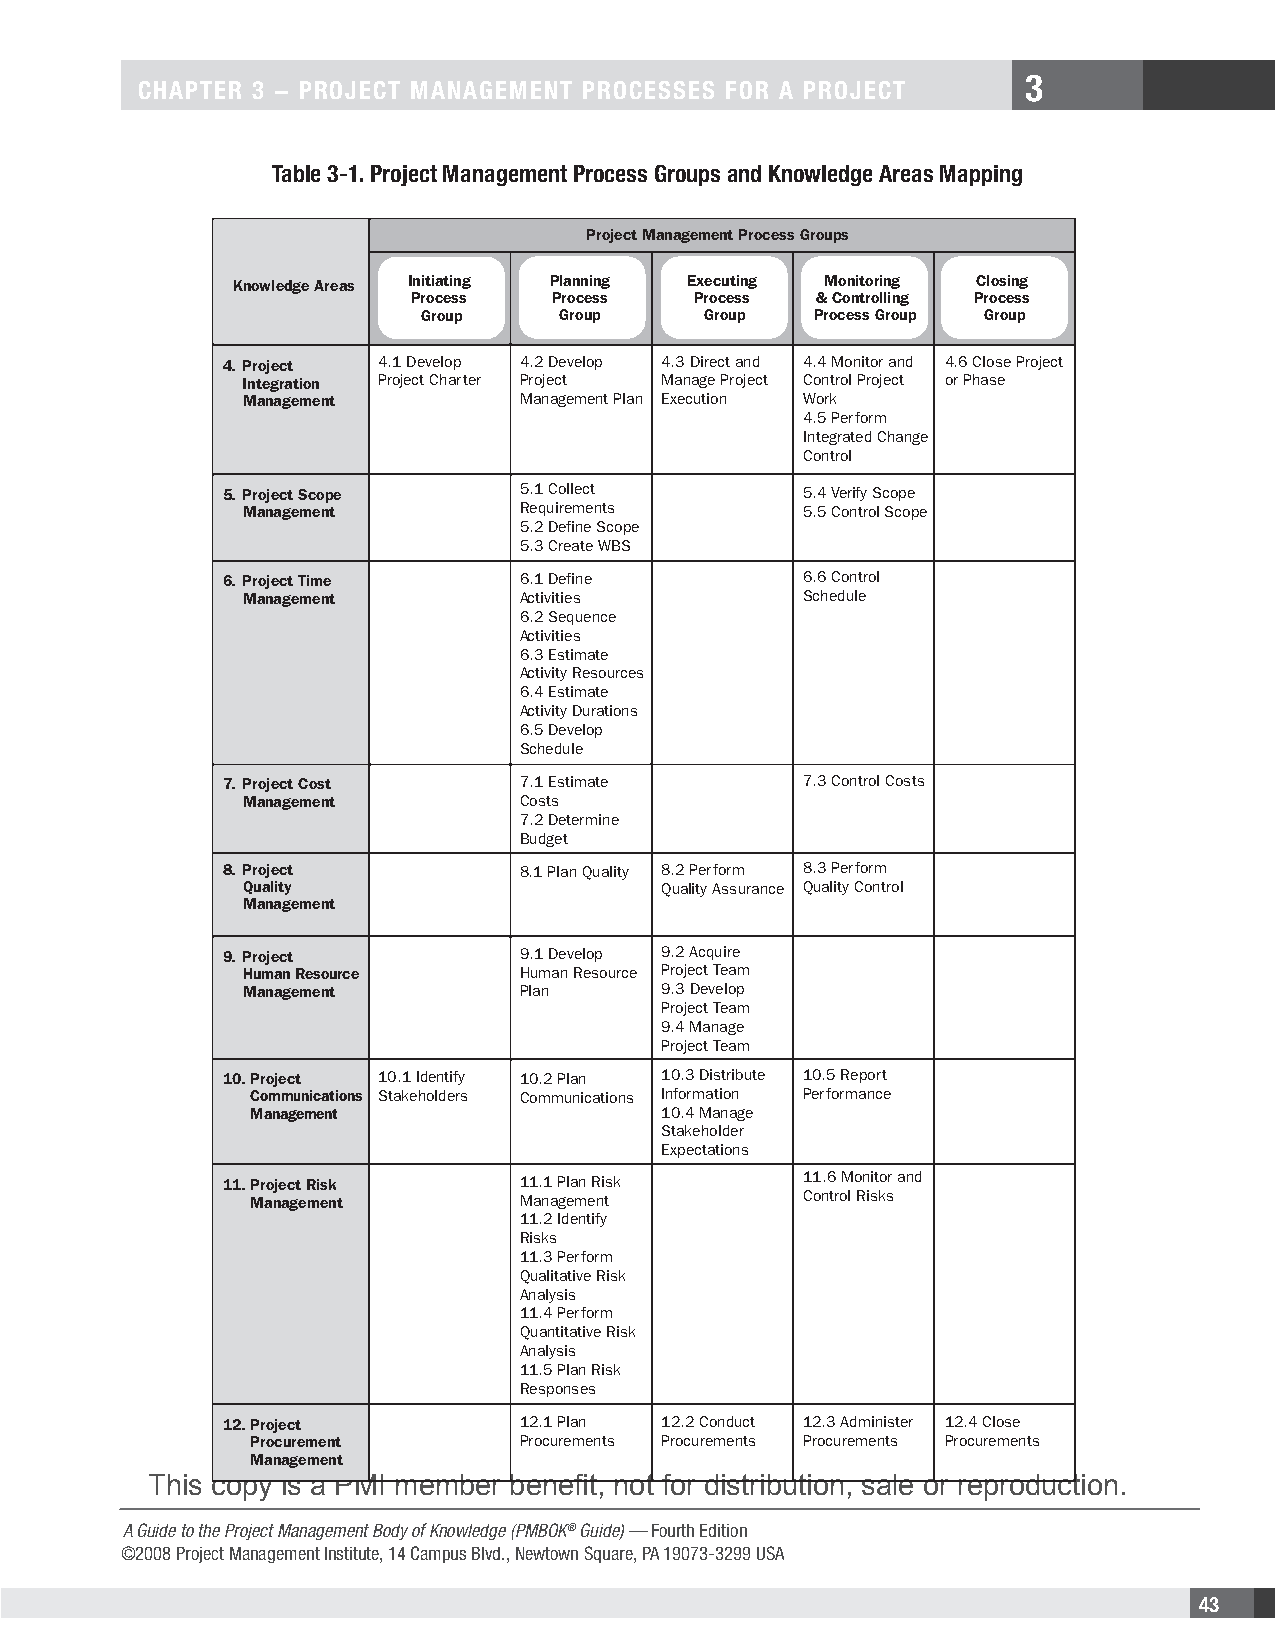
3
 CHAPTER 3 − PROJECT MANAGEMENT PROCESSES FOR A PROJECT
 Table 3-1. Project Management Process Groups and Knowledge Areas Mapping
 Project Management Process Groups
 Knowledge Areas Initiating Planning Executing Monitoring Closing
 Process   Process  Process & Controlling Process
 Group    Group     Group  Process Group Group
 4. Project 4.1 Develop 4.2 Develop 4.3 Direct and 4.4 Monitor and 4.6 Close Project
 Integration Project Charter Project Manage Project Control Project or Phase
 Management         Management Plan Execution Work
 4.5 Perform
 Integrated Change
 Control
 5. Project Scope    5.1 Collect       5.4 Verify Scope
 Management         Requirements      5.5 Control Scope
 5.2 Define Scope
 5.3 Create WBS
 6. Project Time     6.1 Define        6.6 Control
 Management         Activities        Schedule
 6.2 Sequence
 Activities
 6.3 Estimate
 Activity Resources
 6.4 Estimate
 Activity Durations
 6.5 Develop
 Schedule
 7. Project Cost     7.1 Estimate      7.3 Control Costs
 Management         Costs
 7.2 Determine
 Budget
 8. Project          8.1 Plan Quality 8.2 Perform 8.3 Perform
 Quality                     Quality Assurance Quality Control
 Management
 9. Project          9.1 Develop 9.2 Acquire
 Human Resource     Human Resource Project Team
 Management         Plan     9.3 Develop
 Project Team
 9.4 Manage
 Project Team
 10. Project 10.1 Identify 10.2 Plan 10.3 Distribute 10.5 Report
 Communications Stakeholders Communications Information Performance
 Management                 10.4 Manage
 Stakeholder
 Expectations
 11. Project Risk    11.1 Plan Risk    11.6 Monitor and
 Management        Management        Control Risks
 11.2 Identify
 Risks
 11.3 Perform
 Qualitative Risk
 Analysis
 11.4 Perform
 Quantitative Risk
 Analysis
 11.5 Plan Risk
 Responses
 12. Project         12.1 Plan 12.2 Conduct 12.3 Administer 12.4 Close
 Procurement       Procurements Procurements Procurements Procurement s
 Management
 T his copy is a PMI member benefit, not for distribution, sale or reproduction.
 A Guide to the Project Management Body of Knowledge (PMBOK® Guide) — Fourth Edition
 ©2008 Project Management Institute, 14 Campus Blvd., Newtown Square, PA 19073-3299 USA
 43